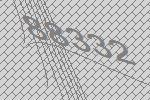
88332